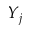
Y _ { j }